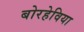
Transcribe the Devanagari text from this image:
बोरहेविया